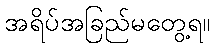
အရိပ်အခြည်မတွေ့ရ။